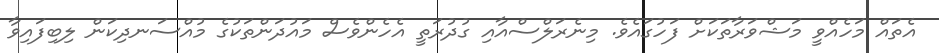
އެތައް މަހެއްވީ މަޝްވަރާތަކަށް ފަހުގައެވެ. މިނެރަލްސްއާއި ގުދުރަތީ އެހެންވެސް މައުދަންތަކުގެ މުއްސަނދިކަން ލިބިފައިވާ